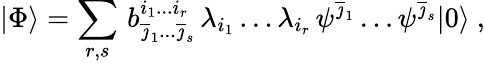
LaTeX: |\Phi\rangle=\sum_{r,s}\, b_{\overline{{\jmath}}_{1}...\overline{{\jmath}}_{s}}^{i_{1}...i_{r}}\, \lambda_{i_{1}}\dots\lambda_{i_{r}}\, \psi^{\overline{{\jmath}}_{1}}\dots\psi^{\overline{{\jmath}}_{s}}|0\rangle~,